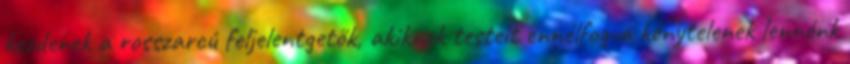
kezdenek a rosszarcú feljelentgetők, akiknek testeit ennélfogva kénytelenek lennénk